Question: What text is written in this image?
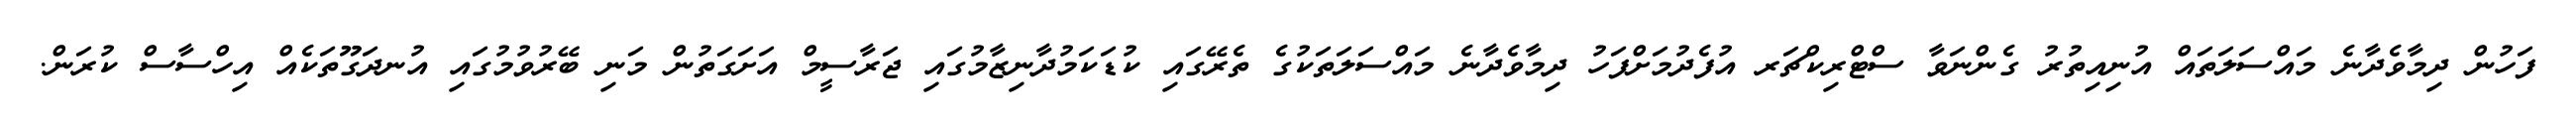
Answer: ފަހުން ދިމާވެދާނެ މައްސަލަތައް އުނިއިތުރު ގެންނަވާ ސްޓްރިކްޗަރ އުފެދުމަށްފަހު ދިމާވެދާނެ މައްސަލަތަކުގެ ތެރޭގައި ކުޑަކަމުދާނިޒާމުގައި ޖަރާސީމް އަށަގަތުން މަނި ބޭރުވުމުގައި އުނދަގޫތަކެއް އިހްސާސް ކުރަން.